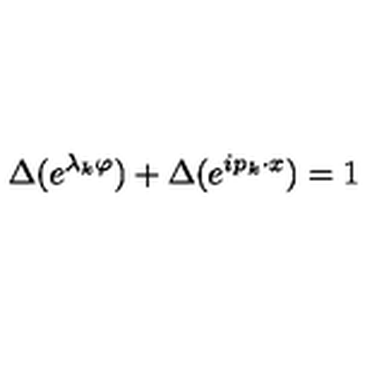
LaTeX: \Delta ( e ^ { \lambda _ { k } \varphi } ) + \Delta ( e ^ { i p _ { k } \cdot x } ) = 1